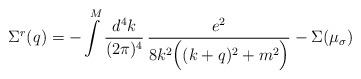
LaTeX: \begin{align*}\Sigma^r(q) = -\int\limits^M \frac{d^4k}{(2\pi)^4}\,\frac{e^2}{8 k^2 \Big((k+q)^2 + m^2\Big)} - \Sigma(\mu_\sigma)\end{align*}